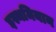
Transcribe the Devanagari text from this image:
इस्थमियान